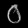
Digit: ၀